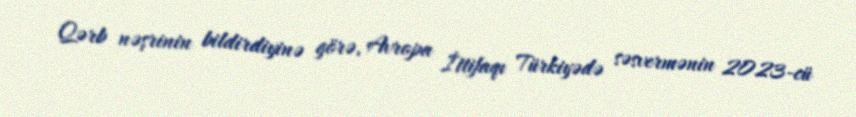
Qərb nəşrinin bildirdiyinə görə, Avropa İttifaqı Türkiyədə səsvermənin 2023-cü